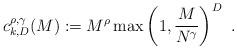
LaTeX: \begin{align*}c^{\rho,\gamma}_{k,D}(M) := M^\rho \max \left( 1, \frac{M}{N^\gamma} \right)^{D}~. \end{align*}